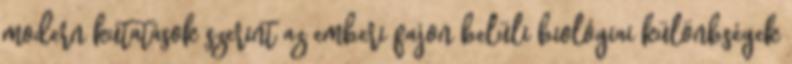
modern kutatások szerint az emberi fajon belüli biológiai különbségek